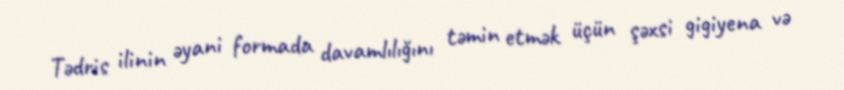
Tədris ilinin əyani formada davamlılığını təmin etmək üçün şəxsi gigiyena və